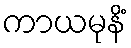
ကာယမုနိံ